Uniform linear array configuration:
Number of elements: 32
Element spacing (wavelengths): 1
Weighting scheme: exponential
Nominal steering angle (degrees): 0
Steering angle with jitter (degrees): -0.3435
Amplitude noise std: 0.05
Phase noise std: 0.05

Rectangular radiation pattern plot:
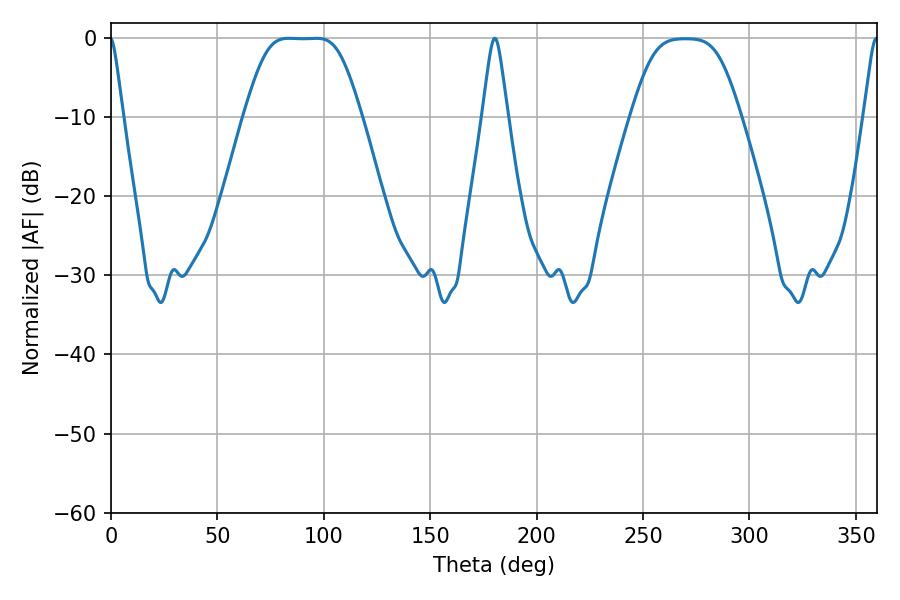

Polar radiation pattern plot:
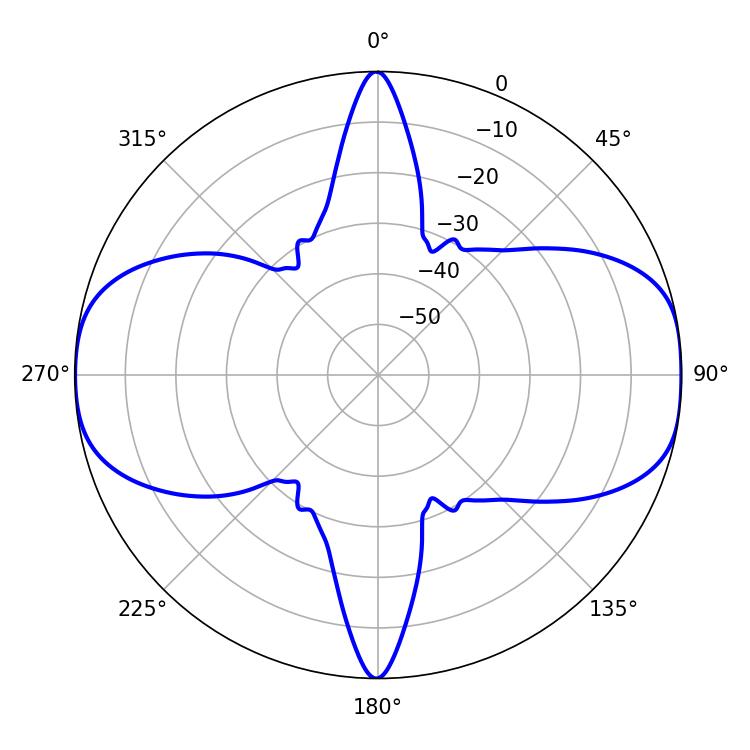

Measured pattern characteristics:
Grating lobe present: TRUE
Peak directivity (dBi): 13.689
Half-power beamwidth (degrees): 5.76
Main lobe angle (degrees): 180.36